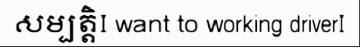
សម្បត្តិI want to working driverI